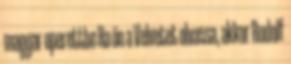
magyar operettbe Ha ön a Velvetet olvassa, akkor Rudolf